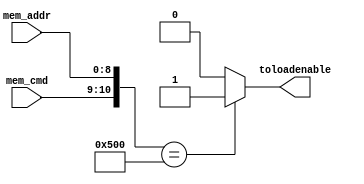
`define M_NONE 2'b00
`define M_READ 2'b01
`define M_WRITE 2'b10

module LED(mem_cmd,mem_addr,toloadenable);
input [8:0] mem_addr;
input [1:0] mem_cmd;
output reg toloadenable;

always @(*)begin
case({mem_cmd,mem_addr}) //check if mem_cmd is read and mem_addr is 140
{`M_WRITE,9'h100}: toloadenable = 1'b1;
default: toloadenable = 1'b0;
endcase
end
endmodule